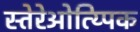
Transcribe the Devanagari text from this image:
स्तेरेओत्य्पिक